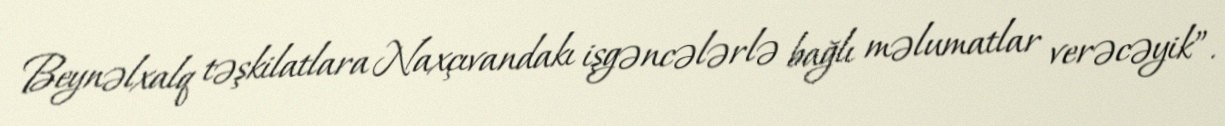
Beynəlxalq təşkilatlara Naxçıvandakı işgəncələrlə bağlı məlumatlar verəcəyik”.